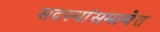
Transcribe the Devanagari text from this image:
सदस्यांसमावेत